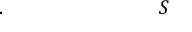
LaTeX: . \qquad \qquad \qquad \quad \; \; \; S